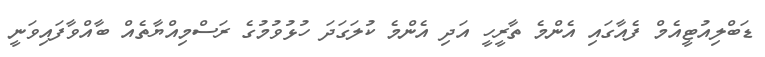
ޑަބްލިއުޓީއެމް ފެއާގައި އެންމެ ތާރީހީ އަދި އެންމެ ކުލަގަދަ ހުޅުވުމުގެ ރަސްމިއްޔާތެއް ބާއްވާފައިވަނީ